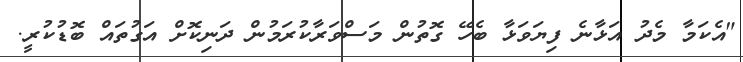
"އެކަމާ މެދު އަޅާނެ ފިޔަވަޅާ ބެހޭ ގޮތުން މަސްވަރާކުރަމުން ދަނިކޮށް އަގުތައް ބޮޑުކުރީ.